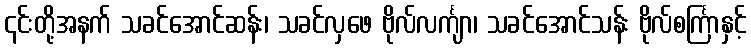
၎င်းတို့အနက် သခင်အောင်ဆန်း၊ သခင်လှဖေ ဗိုလ်လင်္ကျာ၊ သခင်အောင်သန်း ဗိုလ်စင်္ကြာနှင့်